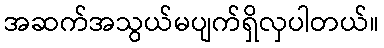
အဆက်အသွယ်မပျက်ရှိလှပါတယ်။